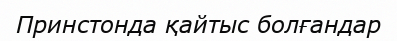
Принстонда қайтыс болғандар